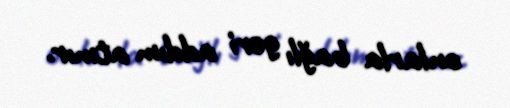
onlarla bağlı geri addım atmır.